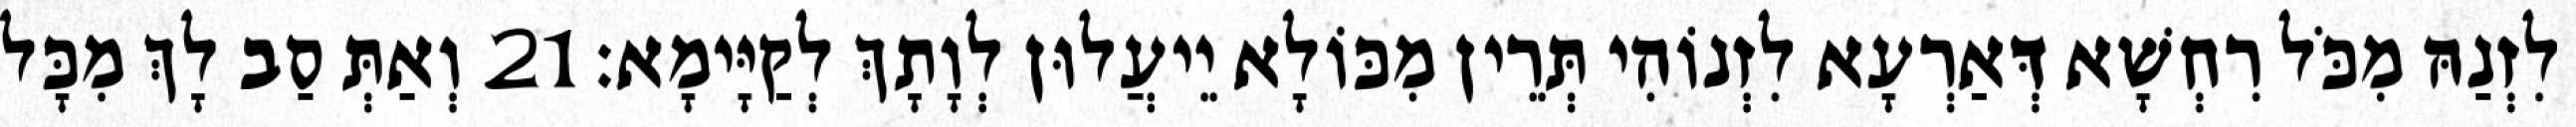
לִזְנַהּ מִכֹּל רִחְשָׁא דְּאַרְעָא לִזְנוֹהִי תְּרֵין מִכּוֹלָא יֵיעֲלוּן לְוָתָךְ לְקַיָּימָא׃ 21 וְאַתְּ סַב לָךְ מִכָּל